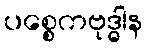
ပစ္စေကဗုဒ္ဓါန